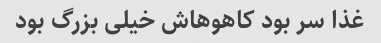
غذا سر بود کاهوهاش خیلی بزرگ بود